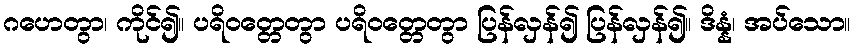
ဂဟေတွာ၊ ကိုင်၍။ ပရိဝတ္တေတွာ ပရိဝတ္တေတွာ ပြန်လှန်၍ ပြန်လှန်၍။ ဒိန္နံ၊ အပ်သော။